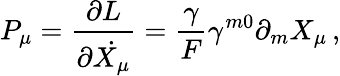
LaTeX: P_{\mu}=\frac{\partial L}{\partial\dot{X_{\mu}}}=\frac{\gamma}{F}\gamma^{m0}\partial_{m}X_{\mu}\, ,